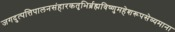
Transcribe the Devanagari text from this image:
जगदुत्पत्तिपालनसंहारकतृभिर्ब्रह्मविष्णुमहेशरूपसेव्यमाना